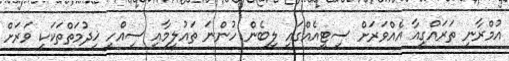
އުމްރާނީ ތަރައްގީއާ އެއްވަރަށް ސިޓީއެއްގައި ލިބެން ހުންނަ ތައުލީމާއި ސިއްހީ ޚިދުމަތްތަކަކީ ވަރަށް